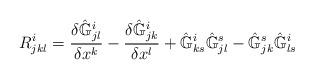
LaTeX: \begin{align*}R^i_{jkl} = \frac{{\delta} \hat{\mathbb{G}}^i_{jl}}{{\delta} x^k} - \frac{{\delta}\hat{\mathbb{G}}^i_{jk} }{{\delta} x^l} + \hat{\mathbb{G}}^i_{ks} \hat{\mathbb{G}}^s_{jl} - \hat{\mathbb{G}}^s_{jk}\hat{\mathbb{G}}^i_{ls}\end{align*}